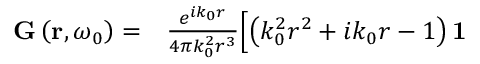
\begin{array} { r l } { \mathbf { G } \left( \mathbf { r } , \omega _ { 0 } \right) = } & { { } \frac { e ^ { i k _ { 0 } r } } { 4 \pi k _ { 0 } ^ { 2 } r ^ { 3 } } \Bigl [ \left( k _ { 0 } ^ { 2 } r ^ { 2 } + i k _ { 0 } r - 1 \right) \mathbf { 1 } } \end{array}